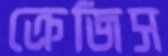
ক্রেজিস